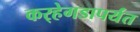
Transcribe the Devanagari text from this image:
कर्‍हेगडापर्यंत